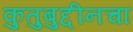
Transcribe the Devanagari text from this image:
कुतुबुद्दीनचा